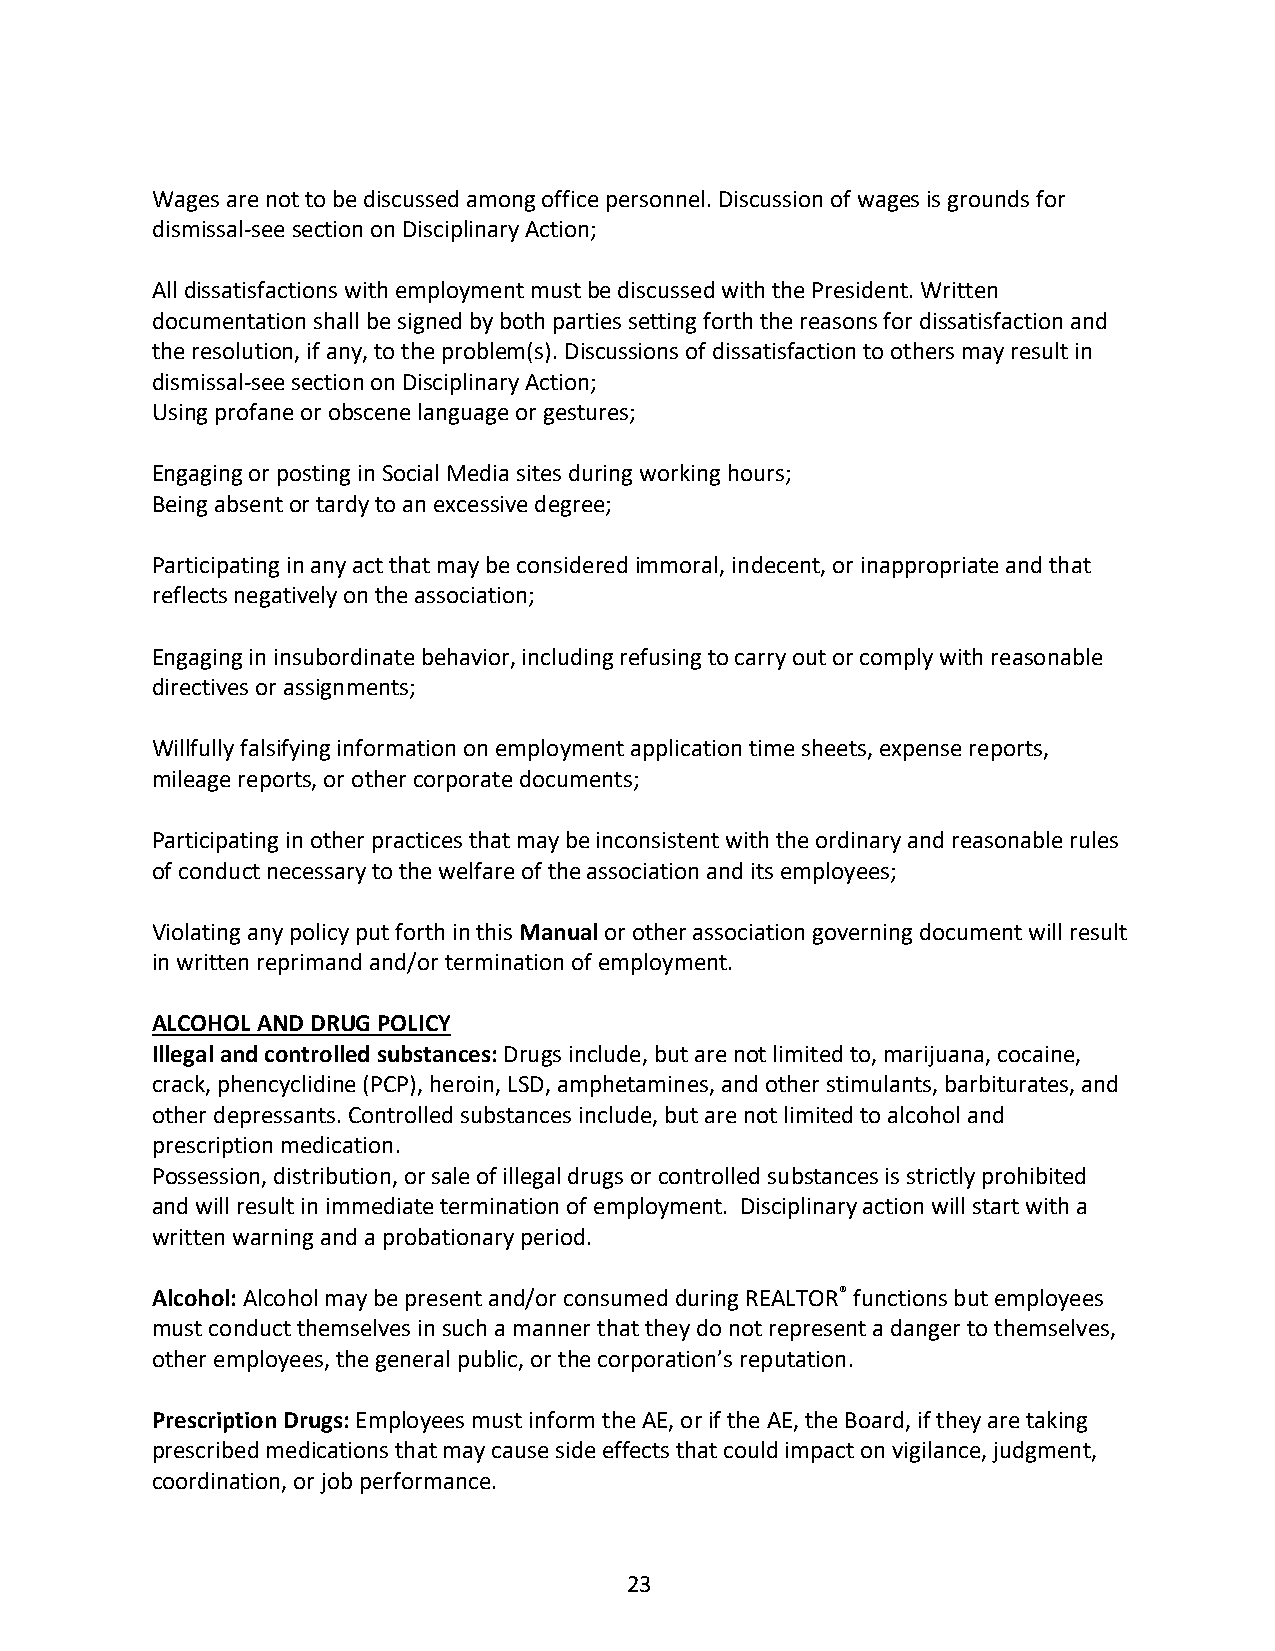
Wages are not to be discussed among office personnel. Discussion of wages is grounds for
 dismissal-see section on Disciplinary Action;
 All dissatisfactions with employment must be discussed with the President. Written
 documentation shall be signed by both parties setting forth the reasons for dissatisfaction and
 the resolution, if any, to the problem(s). Discussions of dissatisfaction to others may result in
 dismissal-see section on Disciplinary Action;
 Using profane or obscene language or gestures;
 Engaging or posting in Social Media sites during working hours;
 Being absent or tardy to an excessive degree;
 Participating in any act that may be considered immoral, indecent, or inappropriate and that
 reflects negatively on the association;
 Engaging in insubordinate behavior, including refusing to carry out or comply with reasonable
 directives or assignments;
 Willfully falsifying information on employment application time sheets, expense reports,
 mileage reports, or other corporate documents;
 Participating in other practices that may be inconsistent with the ordinary and reasonable rules
 of conduct necessary to the welfare of the association and its employees;
 Violating any policy put forth in this Manual or other association governing document will result
 in written reprimand and/or termination of employment.
 ALCOHOL AND DRUG POLICY
 Illegal and controlled substances: Drugs include, but are not limited to, marijuana, cocaine,
 crack, phencyclidine (PCP), heroin, LSD, amphetamines, and other stimulants, barbiturates, and
 other depressants. Controlled substances include, but are not limited to alcohol and
 prescription medication.
 Possession, distribution, or sale of illegal drugs or controlled substances is strictly prohibited
 and will result in immediate termination of employment. Disciplinary action will start with a
 written warning and a probationary period.
 Alcohol: Alcohol may be present and/or consumed during REALTOR® functions but employees
 must conduct themselves in such a manner that they do not represent a danger to themselves,
 other employees, the general public, or the corporation’s reputation.
 Prescription Drugs: Employees must inform the AE, or if the AE, the Board, if they are taking
 prescribed medications that may cause side effects that could impact on vigilance, judgment,
 coordination, or job performance.
 23